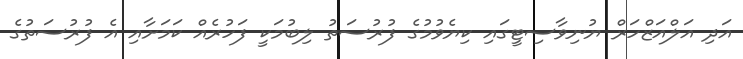
އަދި އަލްއަޒްހަރް ޔުނިވާސިޓީގައި ކިޔެވުމުގެ ފުރުސަތު ލިބުމަކީ ފަހުރެއް ކަމަށާއި އެ ފުރުސަތުގެ